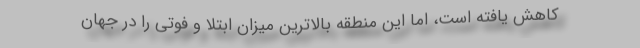
کاهش یافته است، اما این منطقه بالاترین میزان ابتلا و فوتی را در جهان